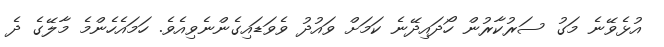
އުޅެވޭނެ މަގު ސަރުކާރުން ހޯދައިދޭނެ ކަމަށް ވައުދު ވެވަޑައިގެންނެވިއެވެ. ހަމައެހެންމެ މާލޭގެ ދެ